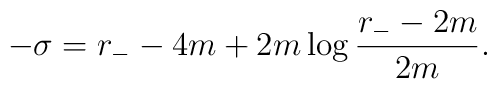
-\sigma=r_- -4m+2m\log\frac{r_- -2m}{2m}.